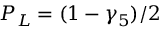
P _ { L } = ( 1 - \gamma _ { 5 } ) / 2